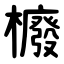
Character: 櫠